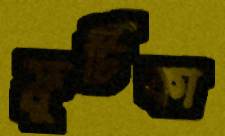
ফ্রুটিকা